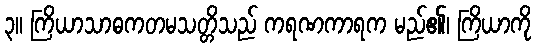
၃။ ကြိယာသာဓကတမသတ္တိသည် ကရဏကာရက မည်၏၊ ကြိယာကို